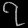
Digit: ၇